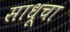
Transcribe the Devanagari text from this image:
साधूचा